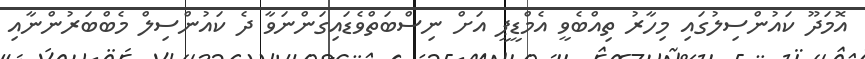
އޮމަދޫ ކައުންސިލުގައި މިހާރު ތިއްބެވީ އެމްޑީޕީ އަށް ނިސްބަތްވެޑައިގަންނަވާ ދެ ކައުންސިލް މެބްބަރުންނާއި